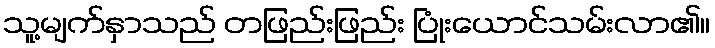
သူ့မျက်နှာသည် တဖြည်းဖြည်း ပြုံးယောင်သမ်းလာ၏။